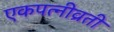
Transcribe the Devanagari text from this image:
एकपत्‍नीव्रती